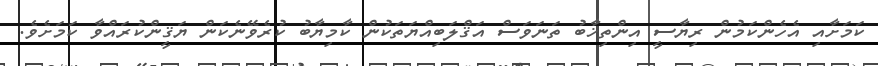
ކަމަށާއި އެހެންކަމުން ރިޔާސީ އިންތިޚާބު ތަނަވަސް އަޤްލަބިއްޔަތަކުން ކާމިޔާބު ކުރެވޭނެކަން ޔަޤީންކުރައްވާ ކަމަށެވެ.